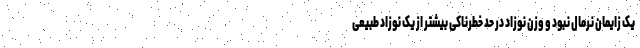
یک زایمان نرمال نبود و وزن نوزاد در حد خطرناکی بیشتر از یک نوزاد طبیعی